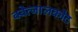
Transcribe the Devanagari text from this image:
क्वेत्जालकोट